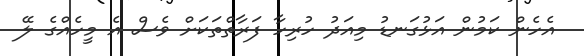
އެހެން ކަމުން އަޅުގަނޑު މިއަދު ހުރިހާ ފަރާތްތަކަށް ވެސް އެ މީހެއްގެ ލޭ